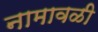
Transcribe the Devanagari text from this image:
नामावळी